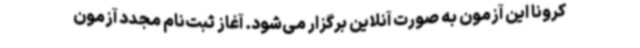
کرونا این آزمون به صورت آنلاین برگزار می‌شود. آغاز ثبت‌نام مجدد آزمون